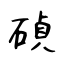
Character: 碵